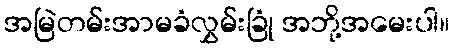
အမြဲတမ်းအာမခံလွှမ်းခြုံ အဘို့အမေးပါ။